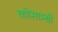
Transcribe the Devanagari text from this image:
कोसाम्बी